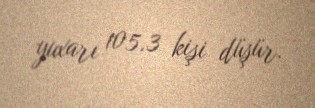
yuxarı 105.3 kişi düşür.